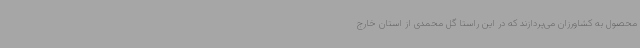
محصول به کشاورزان می‌پردازند که در این راستا گل محمدی از استان خارج